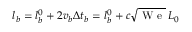
l _ { b } = l _ { b } ^ { 0 } + 2 v _ { b } \Delta t _ { b } = l _ { b } ^ { 0 } + c \sqrt { \mathrm { ~ W ~ e ~ } } \, L _ { 0 }